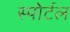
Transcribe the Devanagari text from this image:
स्पोर्टल